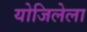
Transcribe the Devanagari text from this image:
योजिलेला